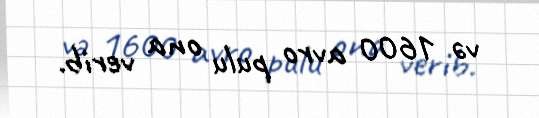
və 1600 avro pulu ona verib.